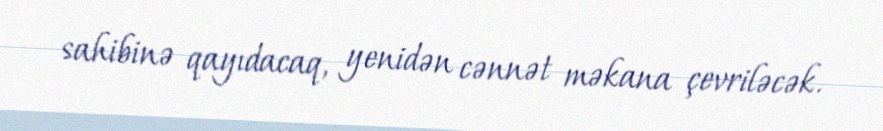
sahibinə qayıdacaq, yenidən cənnət məkana çevriləcək.